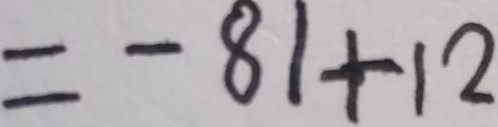
= - 8 1 + 1 2